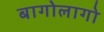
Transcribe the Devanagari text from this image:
बागोलागो